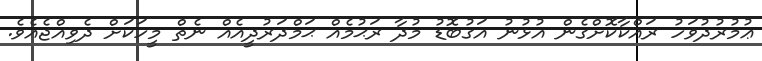
ޢުމުރުދުވަހު ރައްކާކޮށްގެން އުޅުނު އަގުބޮޑު މުދާ ރަޙުމެއް ޙަމްދަރުދީއެއް ނެތް މީހަކަށް ދެވިއްޖެއެވެ.